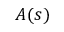
A ( s )